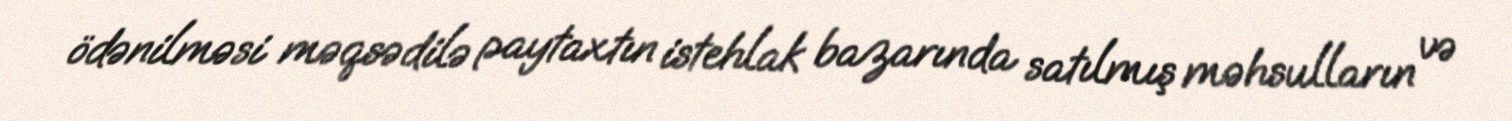
ödənilməsi məqsədilə paytaxtın istehlak bazarında satılmış məhsulların və